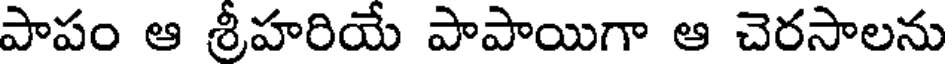
పాపం ఆ శ్రీహరియే పాపాయిగా ఆ చెరసాలను